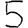
Digit: 5